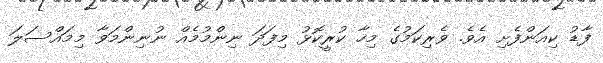
ފާޑު ކިއަންފެށި އެވެ. ވެރިކަމުގެ މިހާ ކުރީކޮޅު މިފަދަ ނިންމުމެއް ނުނިންމަވާ މިމައްސަލަ